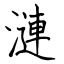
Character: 漣